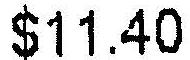
$11.40